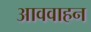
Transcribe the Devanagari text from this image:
आववाहन